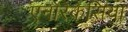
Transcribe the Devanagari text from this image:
एनोरेकेसिया